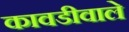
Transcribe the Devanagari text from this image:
कावडीवाले